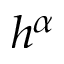
h ^ { \alpha }